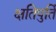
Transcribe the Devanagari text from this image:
क्षतिपुर्ति